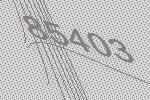
85403